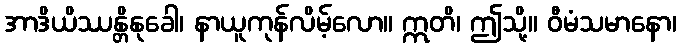
အာဒိယိဿန္တိနုခေါ၊ နာယူကုန်လိမ့်လော။ ဣတိ၊ ဤသို့။ ဝီမံသမာနော၊